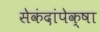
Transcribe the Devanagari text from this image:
सेकंदांपेक्षा